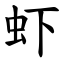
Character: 虾